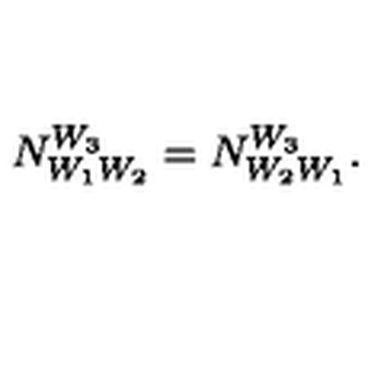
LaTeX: N _ { W _ { 1 } W _ { 2 } } ^ { W _ { 3 } } = N _ { W _ { 2 } W _ { 1 } } ^ { W _ { 3 } } .